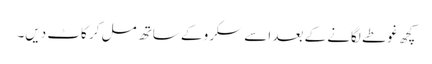
کچھ غوطے لگانے کے بعد اسے سکرو کے ساتھ مل کر کاٹ دیں۔